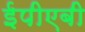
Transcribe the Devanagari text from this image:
ईपीएबी